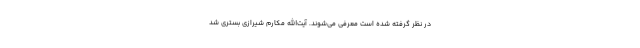
در نظر گرفته شده است معرفی می‌شوند. آیت‌الله مکارم ‌شیرازی بستری شد